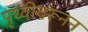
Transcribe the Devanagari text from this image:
पृथ्वीवरूनन